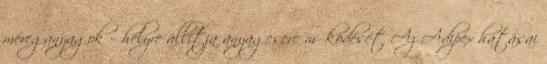
méreganyagok – helyre állítja anyagcsere működését Az Adipex hatásai